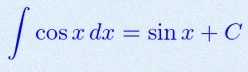
\int \cos x\,dx=\sin x+C